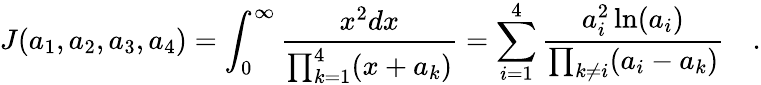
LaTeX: J(a_{1},a_{2},a_{3},a_{4})=\int_{0}^{\infty}{\frac{x^{2}dx}{\prod_{k=1}^{4}(x+a_{k})}}=\sum_{i=1}^{4}{\frac{a_{i}^{2}\ln(a_{i})}{\prod_{k\ne i}(a_{i}-a_{k})}}\quad.